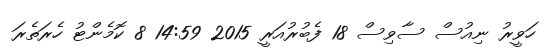
ހަވީރު ނިއުސް ސާވިސް 18 ފެބުރުއަރީ 2015 14:59 8 ކޮމެންޓު ހެރަތެރަ